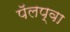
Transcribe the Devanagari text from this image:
पॅलप्वा